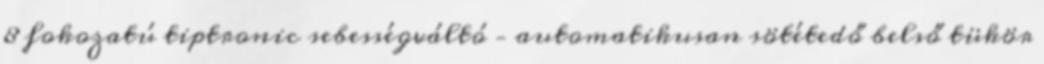
8 fokozatú tiptronic sebességváltó – automatikusan sötétedő belső tükör